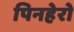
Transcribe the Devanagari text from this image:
पिनहेरो